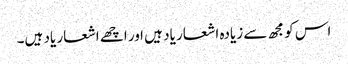
اس کو مجھ سے زیادہ اشعار یاد ہیں ا ور اچھے اشعار یاد ہیں۔